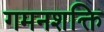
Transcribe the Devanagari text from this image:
गमनशक्ति